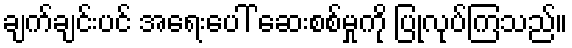
ချက်ချင်းပင် အရေးပေါ် ဆေးစစ်မှုကို ပြုလုပ်ကြသည်။